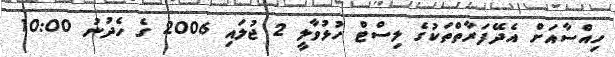
ހިއްސާއަށް އެދޭފަރާތްތަކުގެ ލިސްޓް ހުޅުވާލީ 2 ޖުލައި 2006 ގެ ހެދުނު 10:00